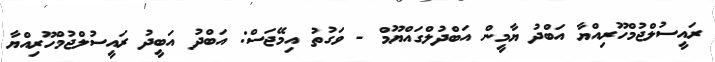
ރައީސުލްޖުމްހޫރިއްޔާ އަބްދު ޔާމީން އަބްދުލްގައްޔޫމް - ވަގުތު އިމޭޖަސް: އަބްދު އަބީދު ރައީސުލްޖުމްހޫރިއްޔާ